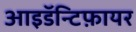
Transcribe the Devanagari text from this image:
आइडॅन्टिफ़ायर